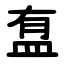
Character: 䀁